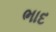
ભાદ